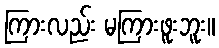
ကြားလည်း မကြားဖူးဘူး။